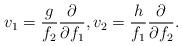
LaTeX: \begin{align*} v_{1} = \dfrac{g}{f_{2}} \dfrac{\partial}{\partial f_{1}}, v_{2} = \dfrac{h}{f_{1}} \dfrac{\partial}{\partial f_{2}}.\end{align*}